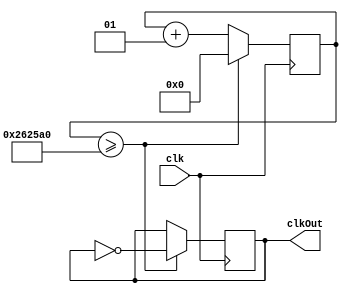
module Clock100ms(clk, clkOut);
	parameter mul=1;
	
	input clk;
	output reg clkOut = 0;
	
	integer prescale = 0;
	integer clkMul = 2500000;
	
	always @(posedge clk) begin
		prescale <= prescale + 1;
		
		if (prescale >= clkMul*mul) begin
			prescale <= 0;
			clkOut <= ~clkOut;
		end
	end
endmodule